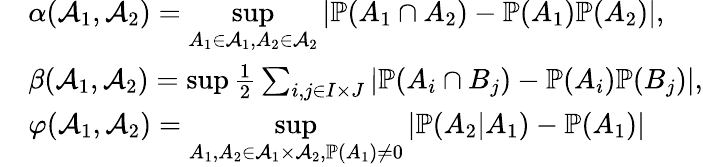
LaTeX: \begin{array}{rl}&{\alpha(\mathcal{A}_{1},\mathcal{A}_{2})=\underset{A_{1}\in\mathcal{A}_{1},A_{2}\in\mathcal{A}_{2}}{\operatorname*{sup}}\left|\mathbb{P}(A_{1}\cap A_{2})-\mathbb{P}(A_{1})\mathbb{P}(A_{2})\right|,}\\ &{\beta(\mathcal{A}_{1},\mathcal{A}_{2})=\operatorname*{sup}\frac{1}{2}\sum_{i,j\in I\times J}\left|\mathbb{P}(A_{i}\cap B_{j})-\mathbb{P}(A_{i})\mathbb{P}(B_{j})\right|,}\\ &{\varphi(\mathcal{A}_{1},\mathcal{A}_{2})=\underset{A_{1},A_{2}\in\mathcal{A}_{1}\times\mathcal{A}_{2},\mathbb{P}(A_{1})\neq 0}{\operatorname*{sup}}\left|\mathbb{P}(A_{2}|A_{1})-\mathbb{P}(A_{1})\right|}\end{array}